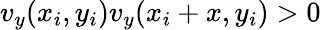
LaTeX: v_{y}(x_{i},y_{i})v_{y}(x_{i}+x,y_{i})>0